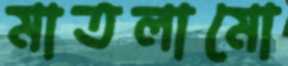
মাতলামো